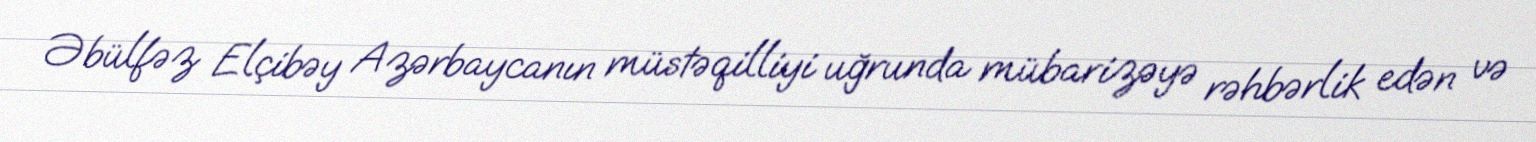
Əbülfəz Elçibəy Azərbaycanın müstəqilliyi uğrunda mübarizəyə rəhbərlik edən və